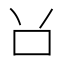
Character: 𠮦